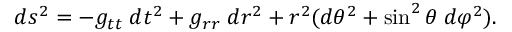
d s ^ { 2 } = - g _ { t t } \; d t ^ { 2 } + g _ { r r } \; d r ^ { 2 } + r ^ { 2 } ( d \theta ^ { 2 } + \sin ^ { 2 } \theta \; d \varphi ^ { 2 } ) .